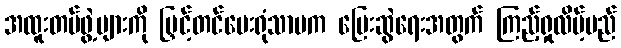
အထူးတပ်ဖွဲ့များကို မြှင့်တင်ပေးရုံသာမက ပြေးဆွဲရေးအတွက် ကြည့်ရှုလိမ့်မည်